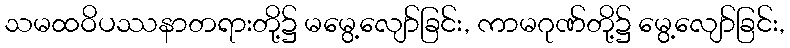
သမထဝိပဿနာတရားတို့၌ မမွေ့လျော်ခြင်း, ကာမဂုဏ်တို့၌ မွေ့လျော်ခြင်း,